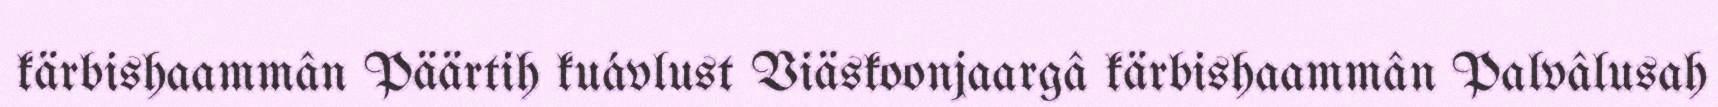
kärbishaammân Päärtih kuávlust Viäskoonjaargâ kärbishaammân Palvâlusah